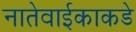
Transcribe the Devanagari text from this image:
नातेवाईकाकडे